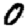
Digit: 0